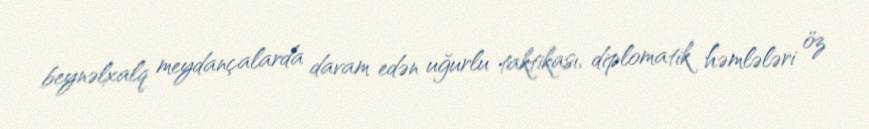
beynəlxalq meydançalarda davam edən uğurlu taktikası, diplomatik həmlələri öz